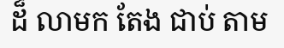
ដ៏ លាមក តែង ជាប់ តាម